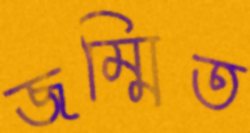
জম্মিত